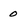
Character: 0